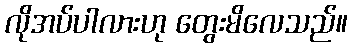
လိုအပ်ပါလားဟု တွေးမိလေသည်။